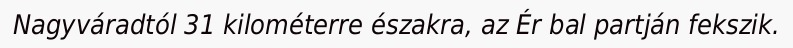
Nagyváradtól 31 kilométerre északra, az Ér bal partján fekszik.